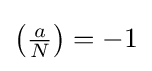
{\big (}{\tfrac {a}{N}}{\big )}=-1